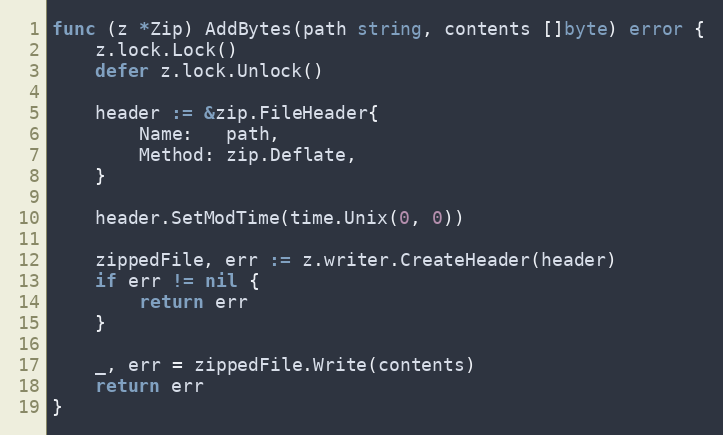
Language: Go
func (z *Zip) AddBytes(path string, contents []byte) error {
	z.lock.Lock()
	defer z.lock.Unlock()

	header := &zip.FileHeader{
		Name:   path,
		Method: zip.Deflate,
	}

	header.SetModTime(time.Unix(0, 0))

	zippedFile, err := z.writer.CreateHeader(header)
	if err != nil {
		return err
	}

	_, err = zippedFile.Write(contents)
	return err
}